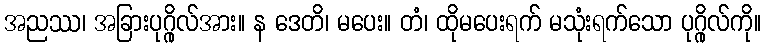
အညဿ၊ အခြားပုဂ္ဂိုလ်အား။ န ဒေတိ၊ မပေး။ တံ၊ ထိုမပေးရက် မသုံးရက်သော ပုဂ္ဂိုလ်ကို။